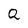
Character: Q